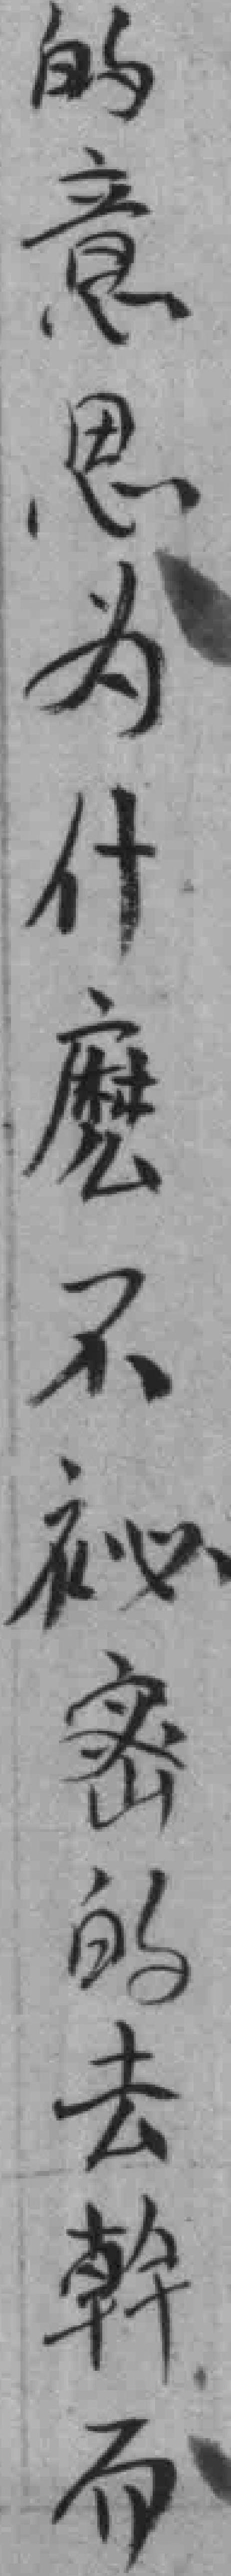
的意思为什麽不祕密的去幹而